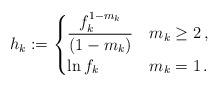
LaTeX: \begin{align*}h_k:=\begin{cases}\dfrac{f_k^{1-m_k}}{(1-m_k)}& m_k\geq2\,,\\\ln f_k& m_k=1\,.\end{cases}\end{align*}